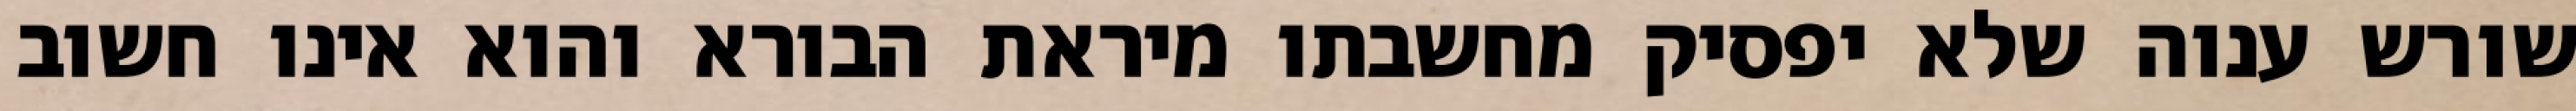
שורש ענוה שלא יפסיק מחשבתו מיראת הבורא והוא אינו חשוב